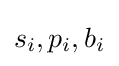
s_{i},p_{i},b_{i}